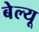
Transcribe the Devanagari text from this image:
बेल्यू